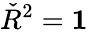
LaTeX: {\check{R}}^{2}=\mathbf{1}